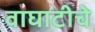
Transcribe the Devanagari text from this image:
वाघाटीचे